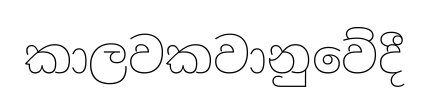
කාලවකවානුවේදී